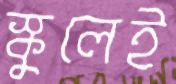
স্কুলেই